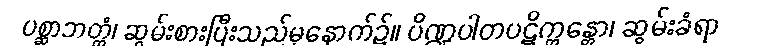
ပစ္ဆာဘတ္တံ၊ ဆွမ်းစားပြီးသည်မှနောက်၌။ ပိဏ္ဍပါတပဋိက္ကန္တော၊ ဆွမ်းခံရာ